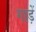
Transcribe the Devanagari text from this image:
गाड़ें